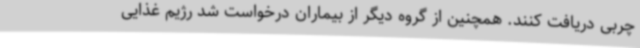
چربی دریافت کنند. همچنین از گروه دیگر از بیماران درخواست شد رژیم غذایی